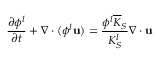
\frac { \partial \phi ^ { l } } { \partial t } + \nabla \cdot ( \phi ^ { l } \mathbf { u } ) = \frac { \phi ^ { l } \overline { { K } } _ { S } } { K _ { S } ^ { l } } \nabla \cdot \mathbf { u }